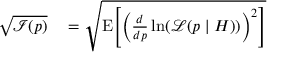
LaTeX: \begin{array} { r l } { { \sqrt { { \mathcal { I } } ( p ) } } } & { { } = { \sqrt { \operatorname { E } \! \left[ \left( { \frac { d } { d p } } \ln ( { \mathcal { L } } ( p \mid H ) ) \right) ^ { 2 } \right] } } } \end{array}